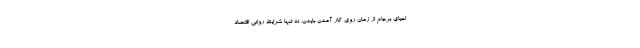
احياي برجام از زمان روي كار آمدن بايدن، نه تنها شرايط رواني اقتصاد